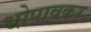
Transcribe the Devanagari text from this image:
धोपावकर